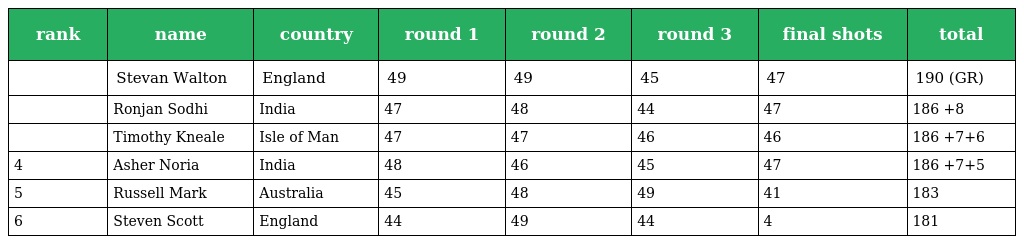
| rank | name | country | round 1 | round 2 | round 3 | final shots | total |
 | --- | --- | --- | --- | --- | --- | --- | --- |
 |  | Stevan Walton | England | 49 | 49 | 45 | 47 | 190 (GR) |
 |  | Ronjan Sodhi | India | 47 | 48 | 44 | 47 | 186 +8 |
 |  | Timothy Kneale | Isle of Man | 47 | 47 | 46 | 46 | 186 +7+6 |
 | 4 | Asher Noria | India | 48 | 46 | 45 | 47 | 186 +7+5 |
 | 5 | Russell Mark | Australia | 45 | 48 | 49 | 41 | 183 |
 | 6 | Steven Scott | England | 44 | 49 | 44 | 4 | 181 |